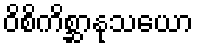
ဝိစိကိစ္ဆာနုသယော